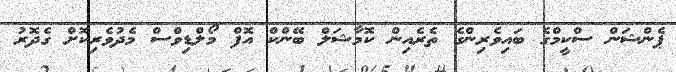
ޕެންޝަން ސްކީމްގެ ބައިވެރިންގެ ތެރެއިން ކޮމާޝަލް ބޭންކް އޮފް މޯލްޑިވްސް މެދުވެރިކޮށް ގެދޮރު